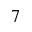
^ 7